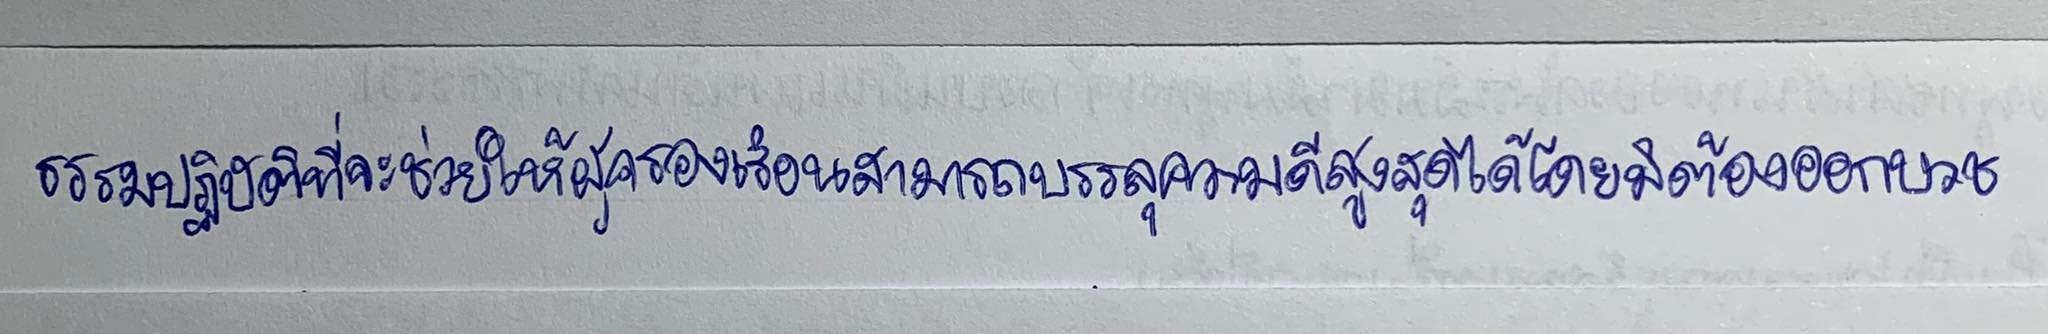
ธรรมปฏิบัติที่จะช่วยให้ผู้ครองเรือนสามารถบรรลุความดีสูงสุดได้โดยมิต้องออกบวช